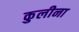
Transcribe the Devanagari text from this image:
कुलीना